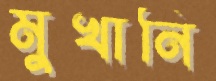
মুখানি